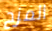
المزح